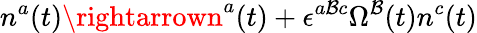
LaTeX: n^{a}(t)\rightarrown^{a}(t)+\epsilon^{a\mathcal{B}c}\Omega^{\mathcal{B}}(t)n^{c}(t)